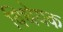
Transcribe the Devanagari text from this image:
विधेयक